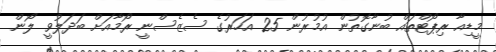
މީޑިއާ ރިޕޯޓްތައް ބުނާގޮތުން އުމުރުން 25 އަހަރުގެ ސެޒެސްނީ ރޯމާއަށް ބަދަލުވީ ލޯން